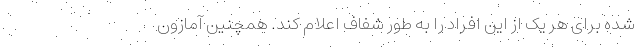
شده برای هر یک از این افراد را به طور شفاف اعلام کند. همچنین آمازون